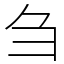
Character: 刍